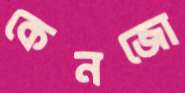
কেনজো